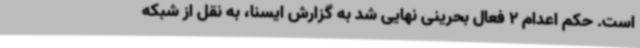
است. حکم اعدام 2 فعال بحرینی نهایی شد به گزارش ایسنا، به نقل از شبکه